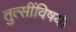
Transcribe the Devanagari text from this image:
तुत्‍सींविषयी